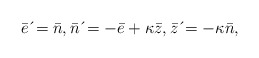
\begin{align*}\bar{e}\,\acute{}=\bar{n},\bar{n}\,\acute{}=-\bar{e}+\kappa \bar{z},\bar{z}\,\acute{}=-\kappa \bar{n}, \end{align*}